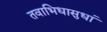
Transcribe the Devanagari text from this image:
तवाभिधासुधां